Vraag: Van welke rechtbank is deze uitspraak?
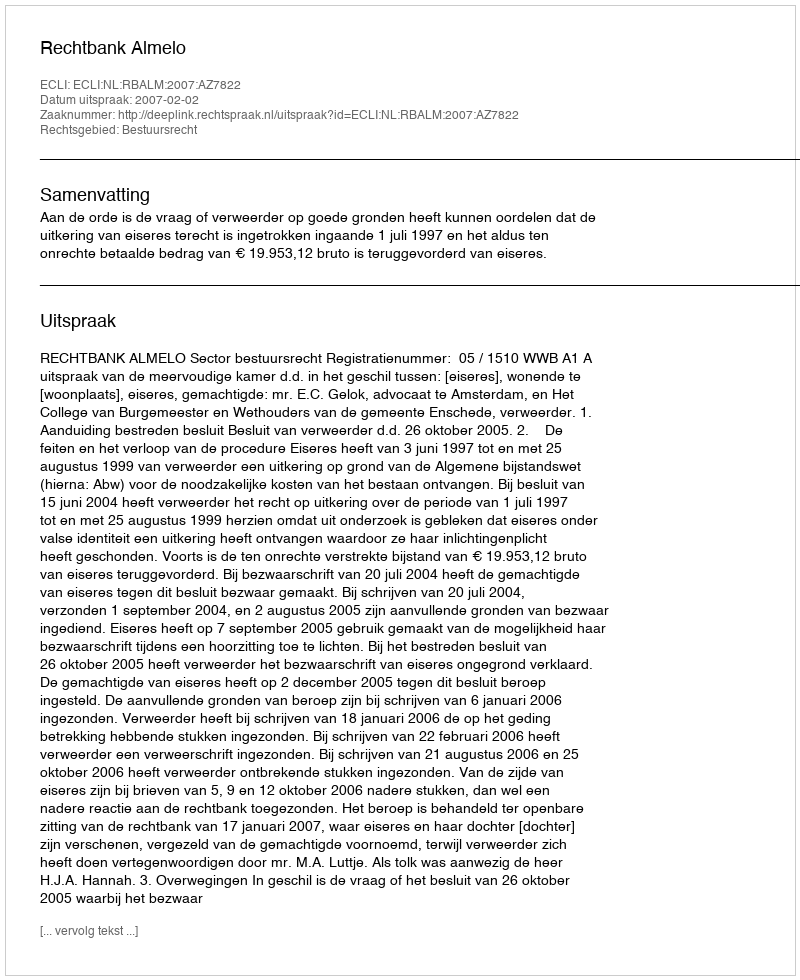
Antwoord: Rechtbank Almelo